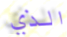
الذي